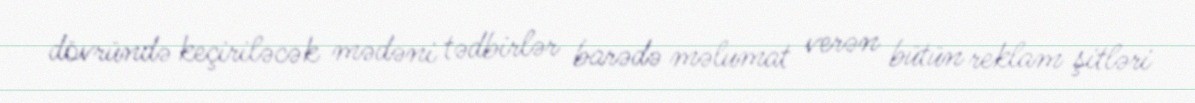
dövründə keçiriləcək mədəni tədbirlər barədə məlumat verən bütün reklam şitləri